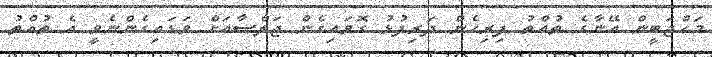
މަހްޖަބީން އޭނާގެ ތުއްތު ފިރިހެން ދަރިފުޅު ގޮވައިގެން ޖަލްސާއަށް ވަޑައިގެންނެވީ އެ ތުއްތު